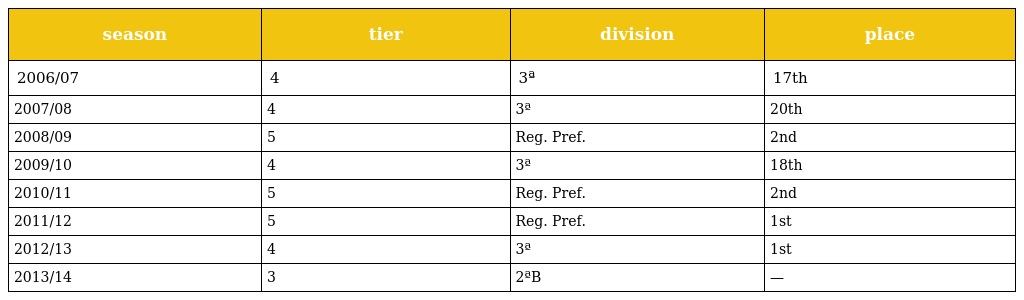
| season | tier | division | place |
 | --- | --- | --- | --- |
 | 2006/07 | 4 | 3ª | 17th |
 | 2007/08 | 4 | 3ª | 20th |
 | 2008/09 | 5 | Reg. Pref. | 2nd |
 | 2009/10 | 4 | 3ª | 18th |
 | 2010/11 | 5 | Reg. Pref. | 2nd |
 | 2011/12 | 5 | Reg. Pref. | 1st |
 | 2012/13 | 4 | 3ª | 1st |
 | 2013/14 | 3 | 2ªB | — |